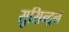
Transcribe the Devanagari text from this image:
सुसिन्द्रन